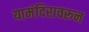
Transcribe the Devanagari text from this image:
यामंदिरावरून